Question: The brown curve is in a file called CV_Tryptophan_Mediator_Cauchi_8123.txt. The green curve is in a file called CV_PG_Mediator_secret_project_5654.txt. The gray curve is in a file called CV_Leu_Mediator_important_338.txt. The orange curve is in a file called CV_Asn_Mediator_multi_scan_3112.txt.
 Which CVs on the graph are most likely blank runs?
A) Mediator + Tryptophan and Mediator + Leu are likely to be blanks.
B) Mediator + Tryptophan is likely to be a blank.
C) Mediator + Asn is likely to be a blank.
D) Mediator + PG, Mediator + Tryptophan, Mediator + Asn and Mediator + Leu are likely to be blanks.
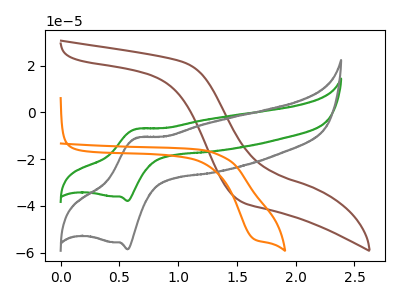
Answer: <think>The brown curve "Mediator + Tryptophan" has no peaks. The green curve "Mediator + PG" has an anodic peak at (0.65V, -7.10uA) and a cathodic peak at (0.55V, -37.85uA). The gray curve "Mediator + Leu" has an anodic peak at (0.65V, -11.00uA) and a cathodic peak at (0.55V, -58.55uA). The orange curve "Mediator + Asn" has a cathodic peak at: (1.65V, -54.10uA).</think>
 <answer>B) "Mediator + Tryptophan" is likely to be a blank.</answer>
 <eval>B</eval>